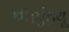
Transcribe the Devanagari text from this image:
थी।एंड्रयू